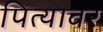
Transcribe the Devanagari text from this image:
पित्यावर